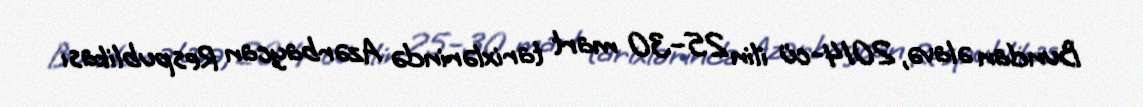
Bundan əlavə, 2014-cü ilin 25–30 mart tarixlərində Azərbaycan Respublikası